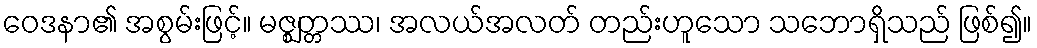
ဝေဒနာ၏ အစွမ်းဖြင့်။ မဇ္ဈတ္တဿ၊ အလယ်အလတ် တည်းဟူသော သဘောရှိသည် ဖြစ်၍။